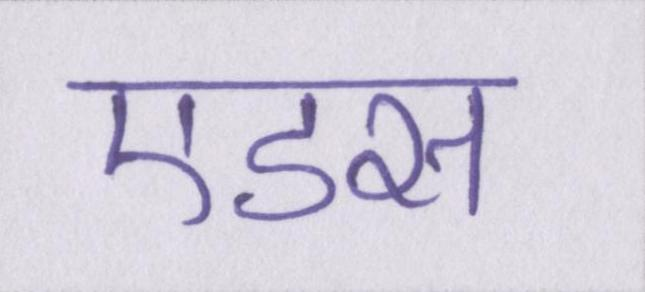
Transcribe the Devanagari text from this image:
एडस